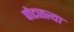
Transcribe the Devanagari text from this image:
पोटातल्या